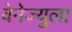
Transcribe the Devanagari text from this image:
वेनेज्युला